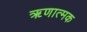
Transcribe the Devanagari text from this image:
ॠणात्मक